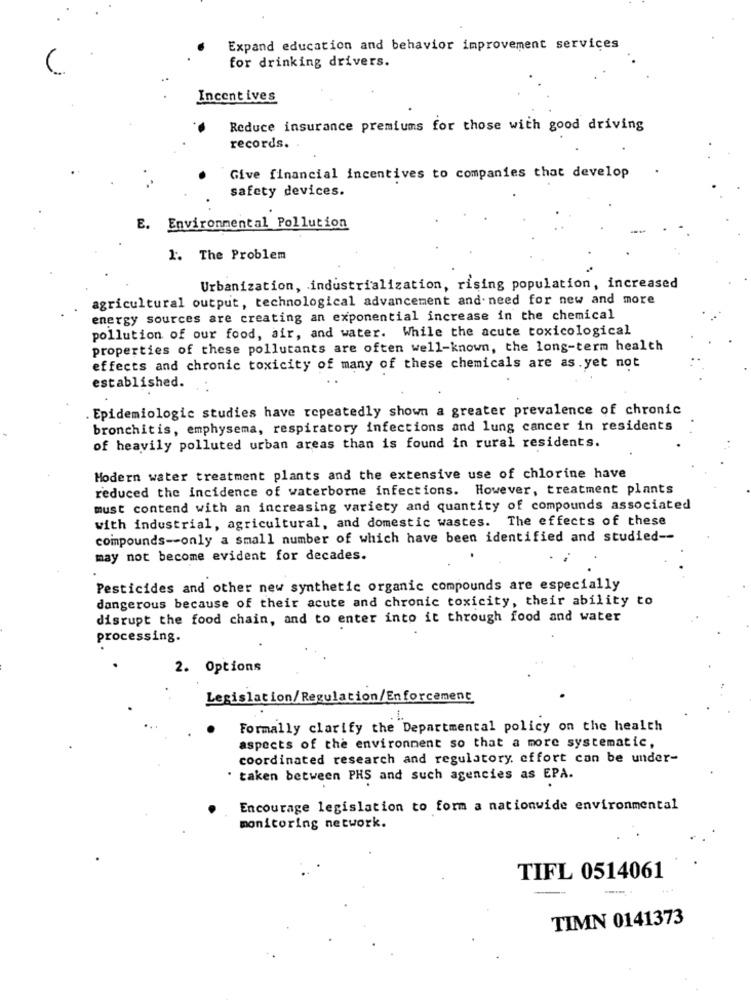
Expand education and behavior improvement services
for drinking drivers.
Incent ives
Reduce insurance premiums for those with good driving
records.
Give financial incentives to companies that develop
safety devices.
E. Environmental Pollution
1. The Problem
Urbanization, industrialization, rising population, increased
agricultural output, technological advancement and need for new and more
energy sources are creating an exponential increase in the chemical
pollution of our food, air, and water. While the acute toxicological
properties of these pollutants are often well-known, the long-term health
effects and chronic toxicity of many of these chemicals are as.yet not
established.
. Epidemiologic studies have repeatedly shown a greater prevalence of chronic
bronchitis, emphysema, respiratory infections and lung cancer in residents
of heavily polluted urban areas than is found in rural residents.
Modern water treatment plants and the extensive use of chlorine have
reduced the incidence of waterborne infections. However, treatment plants
must contend with an increasing variety and quantity of compounds associated
with industrial, agricultural, and domestic wastes. The effects of these
compounds -- only a small number of which have been identified and studied --
may not become evident for decades.
Pesticides and other new synthetic organic compounds are especially
dangerous because of their acute and chronic toxicity, their ability to
disrupt the food chain, and to enter into it through food and water
processing.
2. Options
Legislation/ Regulation/Enforcement
Formally clarify the Departmental policy on the health
aspects of the environment so that a more systematic,
coordinated research and regulatory, effort can be under-
· taken between PHS and such agencies as EPA.
Encourage legislation to form a nationwide environmental
monitoring network.
TIFL 0514061
TIMN 0141373